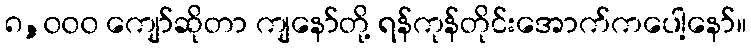
၈,၀၀၀ ကျော်ဆိုတာ ကျနော်တို့ ရန်ကုန်တိုင်းအောက်ကပေါ့နော်။